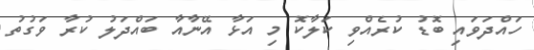
ހައްދަވައި ބޮޑު ކުރެއްވި ކަލާކޮ މި އަޅާ އޭނާއާ ބައްދަލު ކުރާ ވަގުތު